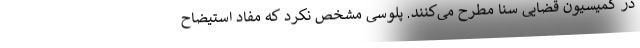
در کمیسیون قضایی سنا مطرح می‌کنند. پلوسی مشخص نکرد که مفاد استیضاح